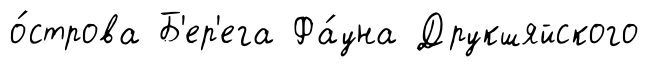
о́строва Б'ер'ега Фа́уна Друкшяйского